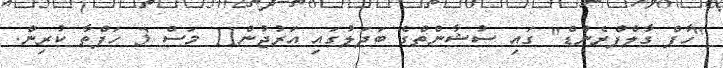
"ހާފް ގާލްފްރެންޑް" ގައި ސުޝާންތްގެ ބަދަލުގައި އަރުޖުން11 މަސް 3 ހަފްތާ ކުރިން.